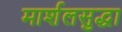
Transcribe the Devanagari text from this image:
मार्शलसुद्धा